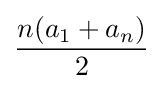
{\frac {n(a_{1}+a_{n})}{2}}